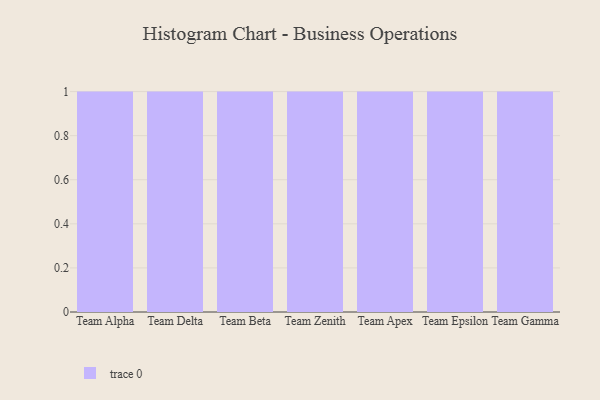
{"axis": {"x": "Team", "y": "Website Visitors"}, "legend": [""], "data": [{"x": "Team Alpha", "y": 68, "type": ""}, {"x": "Team Delta", "y": 71, "type": ""}, {"x": "Team Beta", "y": 1, "type": ""}, {"x": "Team Zenith", "y": 15, "type": ""}, {"x": "Team Apex", "y": 85, "type": ""}, {"x": "Team Epsilon", "y": 94, "type": ""}, {"x": "Team Gamma", "y": 24, "type": ""}]}